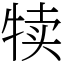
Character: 犊